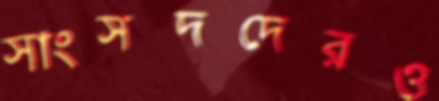
সাংসদদেরও